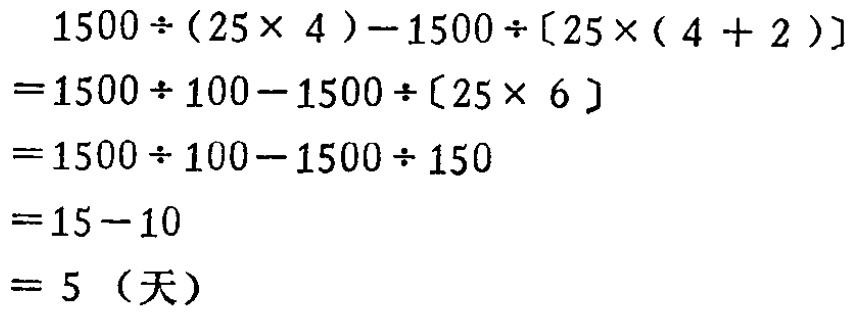
\[
\begin{align*}
&1500\div(25\times 4)-1500\div[25\times(4 + 2)]\\
=&1500\div 100-1500\div[25\times 6]\\
=&1500\div 100-1500\div 150\\
=&15 - 10\\
=& 5 \text{（天）}
\end{align*}
\]